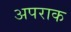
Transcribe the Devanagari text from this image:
अपराक